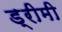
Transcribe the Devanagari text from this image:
ड्रीमी